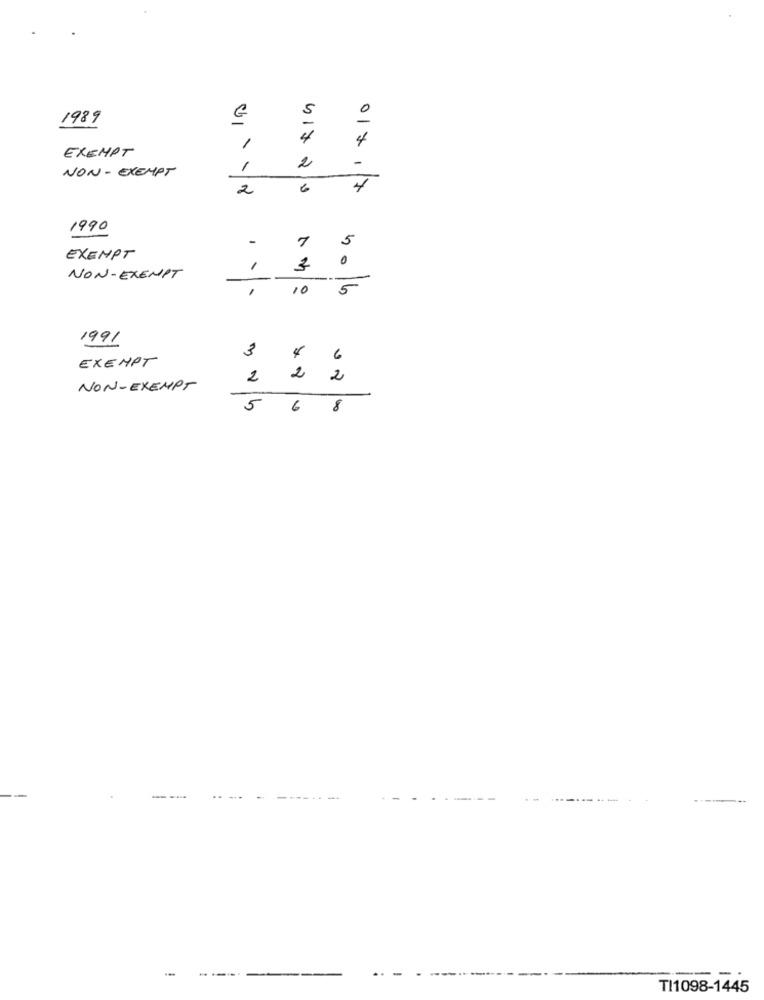
5
1989
4
4
EXEMPT
1
1
2
-
NON-EXEMPT
2
0x17
1990
-
7
5
40
EXEMPT
0
1
NON-EXEMPT
10
5
1991
3
EXEMPT
4
6
2
2
2
NON-EXEMPT
5
6
8
TI1098-1445